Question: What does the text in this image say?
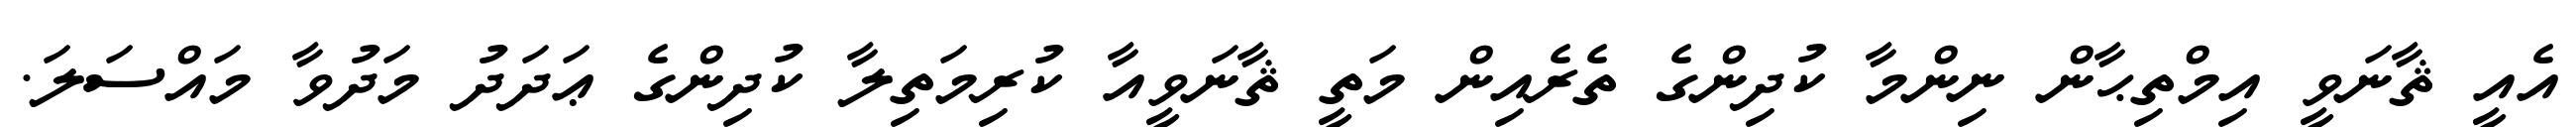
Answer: އެއީ ޘާނަވީ އިމްތިޙާން ނިންމާ ކުދިންގެ ތެރެއިން މަތީ ޘާނަވީއާ ކުރިމަތިލާ ކުދިންގެ ޢަދަދު މަދުވާ މައްސަލަ.